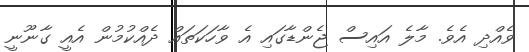
ވެއްދި އެވެ. މާލެ އައިސް ޖެންޑާގައި އެ ވާހަކަތައް ދެއްކުމުން އެއީ ގާނޫނީ